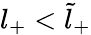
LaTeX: l_{+}<\tilde{l}_{+}